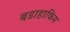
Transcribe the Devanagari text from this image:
बडाहाकिम